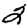
Digit: 2